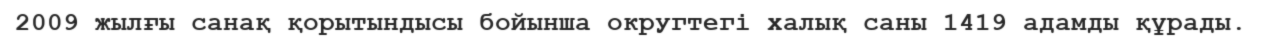
2009 жылғы санақ қорытындысы бойынша округтегі халық саны 1419 адамды құрады.